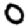
Digit: 0